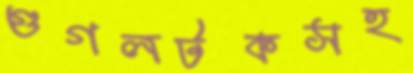
গুগলটকসহ